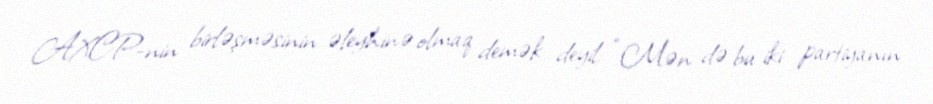
AXCP-nin birləşməsinin əleyhinə olmaq demək deyil: “Mən də bu iki partiyanın